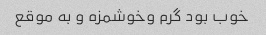
خوب بود گرم وخوشمزه و به موقع